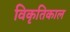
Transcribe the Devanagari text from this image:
विकृतिकाल